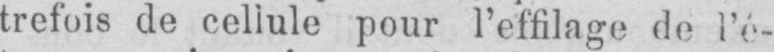
trefois de cellule pour l’effilage de l’é-